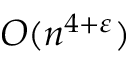
O ( n ^ { 4 + \varepsilon } )